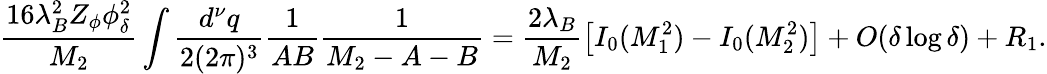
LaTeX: \frac{16\lambda_{B}^{2}Z_{\phi}\phi_{\delta}^{2}}{M_{2}}\int\frac{d^{\nu}q}{2(2\pi)^{3}}\frac{1}{AB}\frac{1}{M_{2}-A-B}=\frac{2\lambda_{B}}{M_{2}}\left[I_{0}(M_{1}^{2})-I_{0}(M_{2}^{2})\right]+O(\delta\log\delta)+R_{1}.